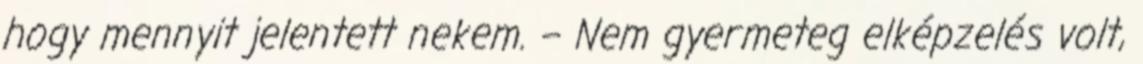
hogy mennyit jelentett nekem. – Nem gyermeteg elképzelés volt,